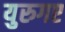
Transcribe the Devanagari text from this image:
युरुगए